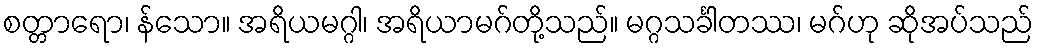
စတ္တာရော၊ န်သော။ အရိယမဂ္ဂါ၊ အရိယာမဂ်တို့သည်။ မဂ္ဂသင်္ခါတဿ၊ မဂ်ဟု ဆိုအပ်သည်